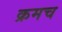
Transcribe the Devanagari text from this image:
क्रमच